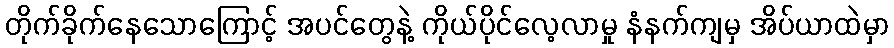
တိုက်ခိုက်နေသောကြောင့် အပင်တွေနဲ့ ကိုယ်ပိုင်လေ့လာမှု နံနက်ကျမှ အိပ်ယာထဲမှာ